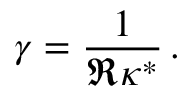
\gamma = \frac { 1 } { \Re \kappa ^ { * } } \, .